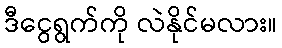
ဒီငွေရွက်ကို လဲနိုင်မလား။